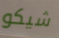
شيكو